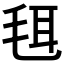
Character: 𣭞